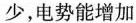
少，电势能增加